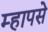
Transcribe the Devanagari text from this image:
म्हापसे